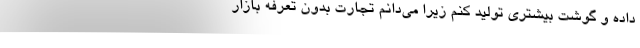
داده و گوشت بیشتری تولید کنم زیرا می‌دانم تجارتِ بدون تعرفه بازار